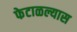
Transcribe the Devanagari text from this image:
फेटाळल्यास